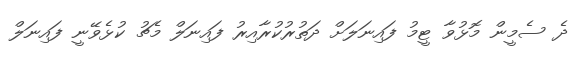
ދެ ސެމީން މޮޅުވާ ޓީމު ފައިނަލަށް ދަތުރުކުރާއިރު ފައިނަލް މެޗު ކުޅެވޭނީ ފައިނަލް